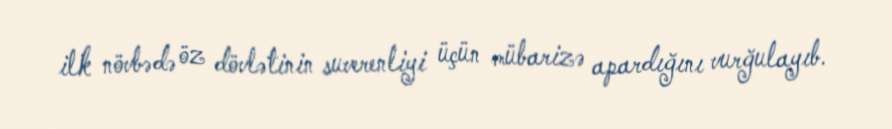
ilk növbədə öz dövlətinin suverenliyi üçün mübarizə apardığını vurğulayıb.